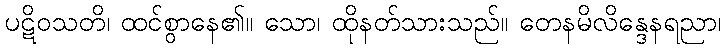
ပဋိဝသတိ၊ ထင်စွာနေ၏။ သော၊ ထိုနတ်သားသည်။ တေနမိလိန္ဒေနရညာ၊